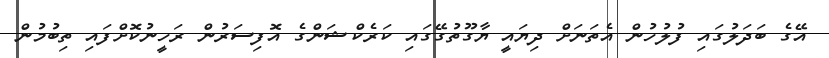
އޭގެ ބަދަލުގައި ފުލުހުން އެތަނަށް ދިޔައީ ޔާގޫތުގޭގައި ކަރެކްޝަންގެ އޮފިސަރުން ރަހީނުކޮށްފައި ތިބުމުން